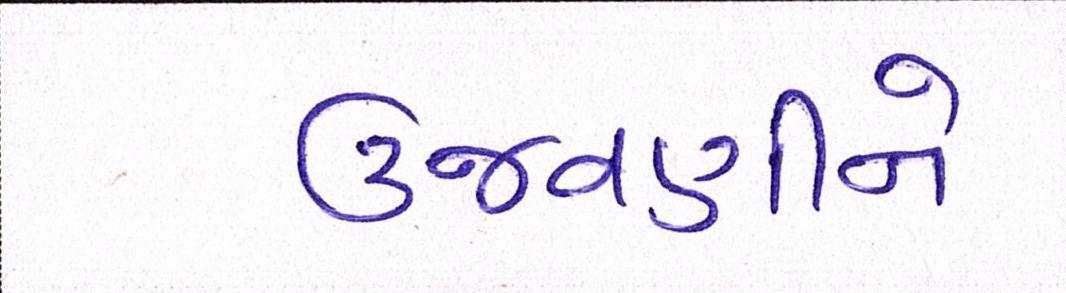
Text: ઉજવણીને